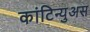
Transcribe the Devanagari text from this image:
कांटिन्युअस